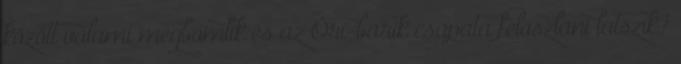
között valami megbomlik és az Öri-barik csapata feloszlani látszik?